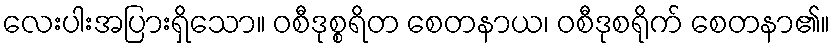
လေးပါးအပြားရှိသော။ ဝစီဒုစ္စရိတ စေတနာယ၊ ဝစီဒုစရိုက် စေတနာ၏။